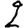
Digit: 2